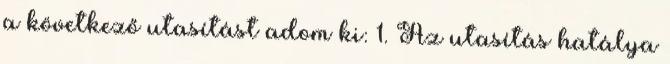
a következő utasítást adom ki: 1. Az utasítás hatálya